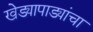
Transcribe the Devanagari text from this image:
खेड्यापाड्यांचा